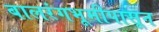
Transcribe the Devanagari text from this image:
बालरंगभूमीपासून